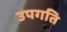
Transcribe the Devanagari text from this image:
उपगति